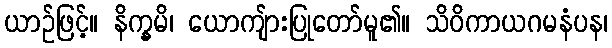
ယာဉ်ဖြင့်။ နိက္ခမိ၊ ယောကျ်ားပြုတော်မူ၏။ သိဝိကာယဂမနံပန၊